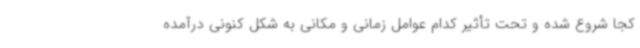
کجا شروع شده و تحت تأثیر کدام عوامل زمانی و مکانی به شکل کنونی درآمده